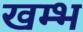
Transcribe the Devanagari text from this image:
खम्‍भ